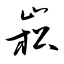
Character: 崧